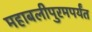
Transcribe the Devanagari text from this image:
महाबलीपुरमपर्यंत